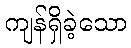
ကျန်ရှိခဲ့သော